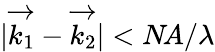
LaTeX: |\overrightarrow{k_{1}}-\overrightarrow{k_{2}}|<N\! A/\lambda